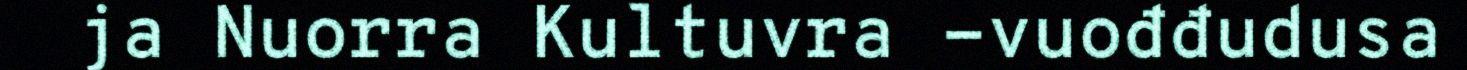
ja Nuorra Kultuvra -vuođđudusa